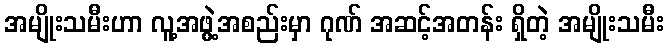
အမျိုးသမီးဟာ လူ့အဖွဲ့အစည်းမှာ ဂုဏ် အဆင့်အတန်း ရှိတဲ့ အမျိုးသမီး